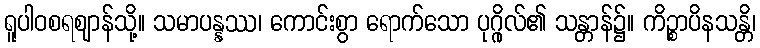
ရူပါဝစရဈာန်သို့။ သမာပန္နဿ၊ ကောင်းစွာ ရောက်သော ပုဂ္ဂိုလ်၏ သန္တာန်၌။ ကိဉ္စာပိနသန္တိ၊